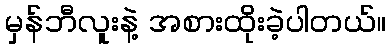
မှန်ဘီလူးနဲ့ အစားထိုးခဲ့ပါတယ်။